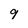
Character: 9